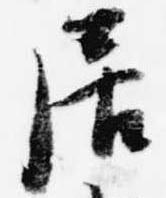
居